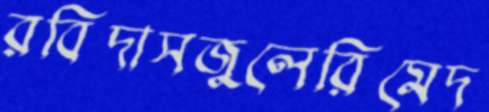
রবিদাসজুলেরিমেদ